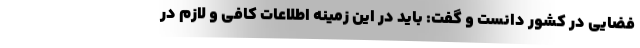
فضایی در کشور دانست و گفت: باید در این زمینه اطلاعات کافی و لازم در